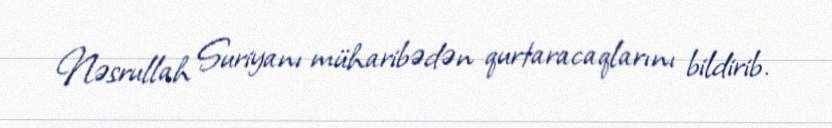
Nəsrullah Suriyanı müharibədən qurtaracaqlarını bildirib.